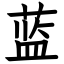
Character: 蓝